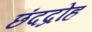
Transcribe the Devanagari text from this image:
छंदद्रोह